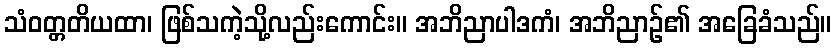
သံဝတ္တတိယထာ၊ ဖြစ်သကဲ့သို့လည်းကောင်း။ အဘိညာပါဒကံ၊ အဘိညာဉ်၏ အခြေခံသည်။